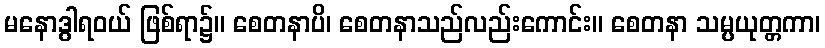
မနောဒွါရဝယ် ဖြစ်ရာ၌။ စေတနာပိ၊ စေတနာသည်လည်းကောင်း။ စေတနာ သမ္ပယုတ္တကာ၊